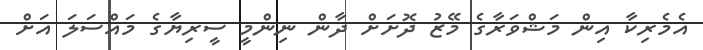
އެމެރިކާ އިން މަޝްވަރާގެ މޭޒު ދޮށަށް ދާން ނިންމީ ސީރިޔާގެ މައްސަލަ އަށް